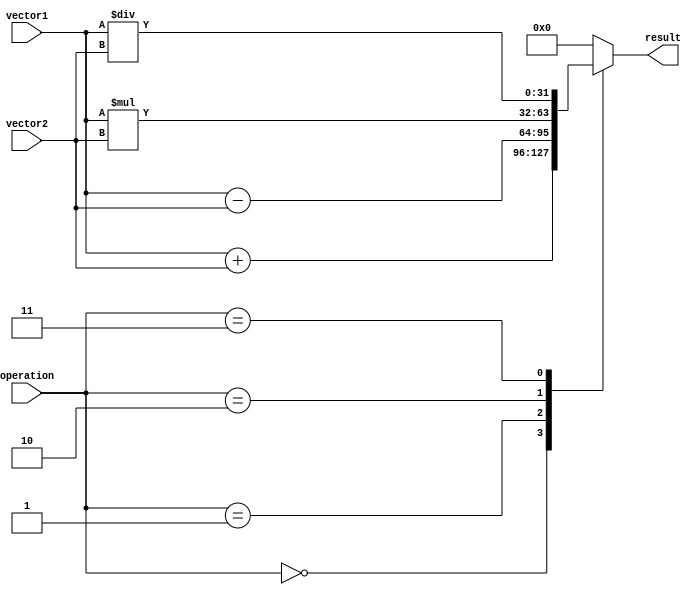
module VectorALU (
    input [31:0] vector1,
    input [31:0] vector2,
    input [2:0] operation,
    output reg [31:0] result
);

always @(*) begin
    case(operation)
        3'b000: result = vector1 + vector2; // Addition
        3'b001: result = vector1 - vector2; // Subtraction
        3'b010: result = vector1 * vector2; // Multiplication
        3'b011: result = vector1 / vector2; // Division
        default: result = 32'h00000000; // Default value
    endcase
end

endmodule